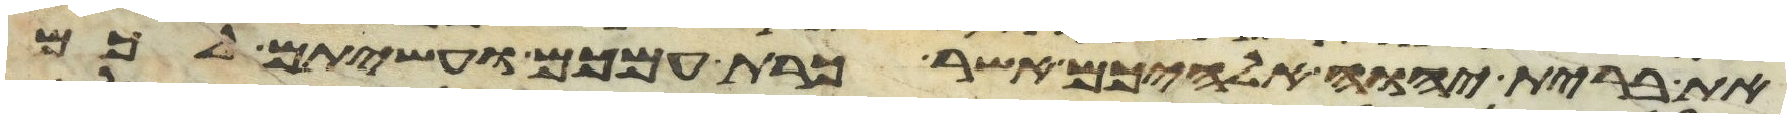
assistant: את ברית יהוה אלהיכם אשר כרת עמכם ועשיתם לכם